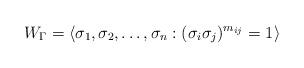
LaTeX: \begin{align*}W_{\Gamma}=\langle\sigma_1,\sigma_2,\ldots,\sigma_n:(\sigma_i\sigma_j)^{m_{ij}}=1\rangle\end{align*}